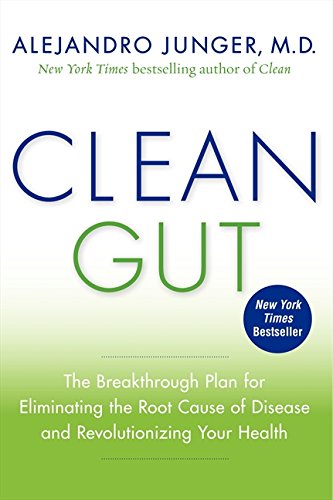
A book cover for Clean Gut: The Breakthrough Plan for Eliminating the Root Cause of Disease and Revolutionizing Your Health; Alejandro Junger; Medical Books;